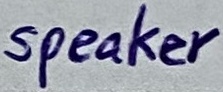
Text: 8 ohm